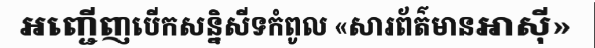
អញ្ជើញបើកសន្និសីទកំពូល «សារព័ត៌មានអាស៊ី»